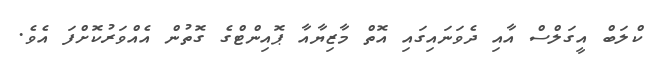
ކްލަބް އީގަލްސް އާއި ދެވަނައިގައި އޮތް މާޒިޔާއާ ޕޮއިންޓްގެ ގޮތުން އެއްވަރުކޮށްފަ އެވެ.